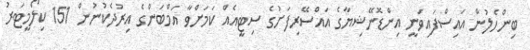
ބިންހެލުން އައިސްފައިވަނީ އިންޑޮނޭޝިޔާގެ އައްސޭރިފަށުގެ ސިޓީއެއް ކަމަށްވާ އަމްބަންގެ އިރުދެކުނުން 151 ކިލޯމީޓަރު